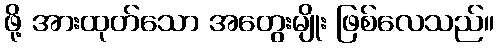
ဖို့ အားထုတ်သော အတွေးမျိုး ဖြစ်လေသည်။